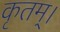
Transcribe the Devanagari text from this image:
कृतम्।